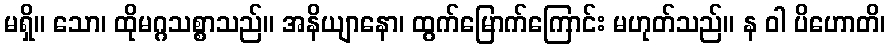
မရှိ။ သော၊ ထိုမဂ္ဂသစ္စာသည်။ အနိယျာနော၊ ထွက်မြောက်ကြောင်း မဟုတ်သည်။ န ဝါ ပိဟောတိ၊